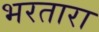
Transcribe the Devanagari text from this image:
भरतारा